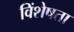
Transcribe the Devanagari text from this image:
विंशेषता